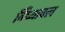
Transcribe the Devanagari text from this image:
विँध्याचल